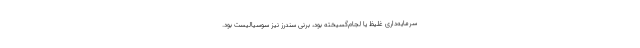
سرمایه‌داری غلیظ یا لجام‌گسیخته بود، برنی سندرز نیز سوسیالیست بود.